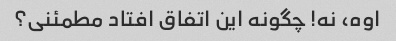
اوه، نه! چگونه این اتفاق افتاد مطمئنی؟